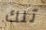
تلك